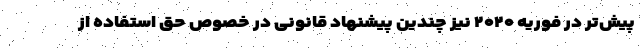
پیش‌تر در فوریه ۲۰۲۰ نیز چندین پیشنهاد قانونی در خصوص حق استفاده از